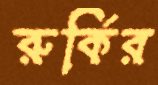
রুর্কির